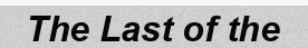
The Last of the